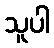
သူပါ